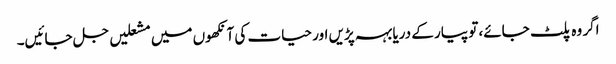
اگر وہ پلٹ جائے، تو پیار کے دریا بہہ پڑیں اور حیات کی آنکھوں میں مشعلیں جل جائیں۔